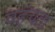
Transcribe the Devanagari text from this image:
पहंचता